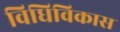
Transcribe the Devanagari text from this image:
विधिविकास